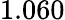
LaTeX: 1.060